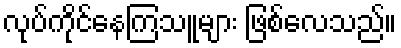
လုပ်ကိုင်နေကြသူများ ဖြစ်လေသည်။